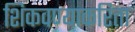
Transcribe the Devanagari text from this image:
शिकवण्याकरिता